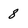
Character: 8